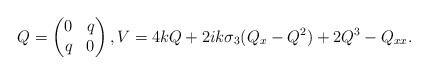
LaTeX: \begin{align*} Q=\begin{pmatrix}0 & q \\ q & 0\end{pmatrix}, V=4kQ+2ik\sigma_3(Q_x-Q^2)+2Q^3-Q_{xx}.\end{align*}